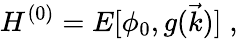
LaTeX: H^{(0)}=E[\phi_{0},g(\vec{k})]\; ,